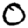
Digit: 0